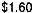
$1.60